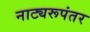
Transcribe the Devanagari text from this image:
नाट्यरूपंतर